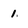
Character: 1